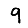
Digit: 9